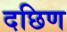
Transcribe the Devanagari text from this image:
दछिण